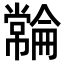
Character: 𫷓